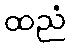
ထညံ